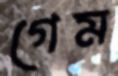
গেম